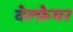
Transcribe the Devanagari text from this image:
वेल्फ़ेयर